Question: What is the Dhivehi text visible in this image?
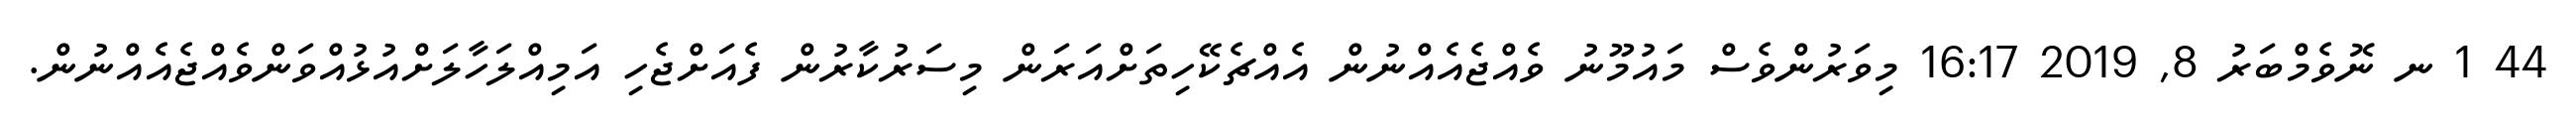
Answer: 44 1 ނ ނޮވެމްބަރު 8, 2019 16:17 މިވަރުންވެސް މައުމޫނު ވެއްޖެއެއްނުން އެއްޗެކޭހިތަށްއަރަން މިސަރުކާރުން ފެއަށްޖެހި އަމިއްލަހާލަށްއުޅުއްވަންވެއްޖެއެއްނުން.